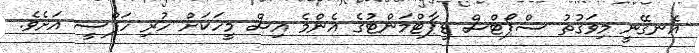
އެނގޭނީ މިވަގުތު ސްޕޯޓްސް ޑިޕާޓްމަންޓުގެ އެންމެ އިސް މީހަކަށް ހުރި ހަފްސީ އަށެވެ.